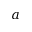
a